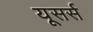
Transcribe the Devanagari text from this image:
यूसर्स